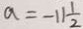
a = - 1 1 \frac { 1 } { 2 }